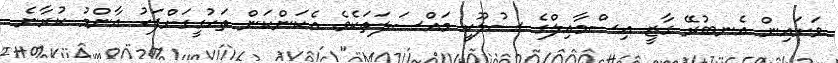
ވަށައިން އެނބުރޭ ގާޒީ އިސްމާއިލްގެ ސުލޫކީ މައްސަލަތަކެވެ. އެކަންކަން ތަހުގީގަށްފަހު އާންމު ކުރާނެ